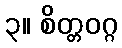
၃။ စိတ္တဝဂ္ဂ